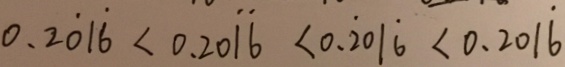
0 . 2 \dot { 0 } 1 \dot { 6 } < 0 . 2 0 \dot { 1 } \dot { 6 } < 0 . \dot { 2 } 0 1 \dot { 6 } < 0 . 2 0 1 \dot { 6 }